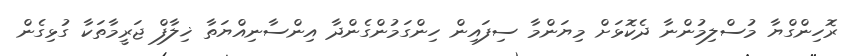
ރޮހިންގްޔާ މުސްލިމުންނާ ދެކޮޅަށް މިޔަންމާ ސިފައިން ހިންގަމުންގެންދާ އިންސާނިއްޔަތާ ޚިލާފް ޖަރީމާތަކާ ގުޅިގެން